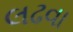
લઢવા